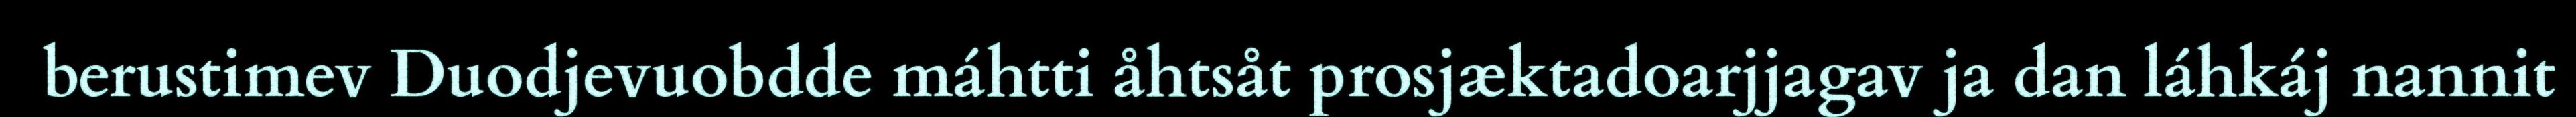
berustimev Duodjevuobdde máhtti åhtsåt prosjæktadoarjjagav ja dan láhkáj nannit